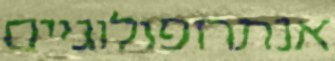
אנתרופולוגיים